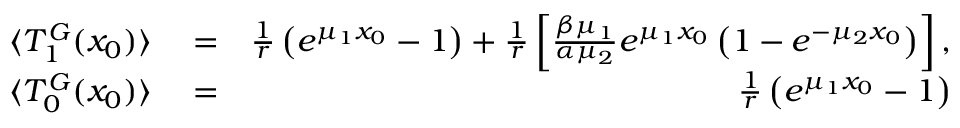
\begin{array} { r l r } { \langle T _ { 1 } ^ { G } ( x _ { 0 } ) \rangle } & { { } = } & { \frac { 1 } { r } \left( e ^ { \mu _ { 1 } x _ { 0 } } - 1 \right) + \frac { 1 } { r } \left[ \frac { \beta \mu _ { 1 } } { \alpha \mu _ { 2 } } e ^ { \mu _ { 1 } x _ { 0 } } \left( 1 - e ^ { - \mu _ { 2 } x _ { 0 } } \right) \right] , } \\ { \langle T _ { 0 } ^ { G } ( x _ { 0 } ) \rangle } & { { } = } & { \frac { 1 } { r } \left( e ^ { \mu _ { 1 } x _ { 0 } } - 1 \right) } \end{array}